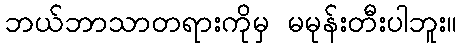
ဘယ်ဘာသာတရားကိုမှ မမုန်းတီးပါဘူး။